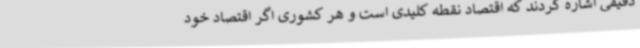
دقیقی اشاره کردند که اقتصاد نقطه کلیدی است و هر کشوری اگر اقتصاد خود